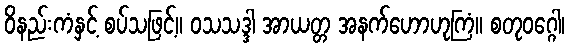
ဝိနည်းကံနှင့် စပ်သဖြင့်။ ဝသသဒ္ဒါ အာယတ္တ အနက်ဟောဟုကြံ။ စတုဝဂ္ဂေါ၊